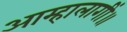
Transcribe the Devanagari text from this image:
आम्हालागीं॥